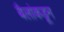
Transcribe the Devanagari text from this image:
बैलांकडून